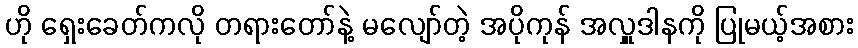
ဟို ရှေးခေတ်ကလို တရားတော်နဲ့ မလျော်တဲ့ အပိုကုန် အလှူဒါနကို ပြုမယ့်အစား